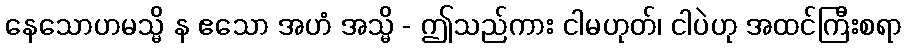
နေသောဟမသ္မိ န ဧသော အဟံ အသ္မိ - ဤသည်ကား ငါမဟုတ်၊ ငါပဲဟု အထင်ကြီးစရာ